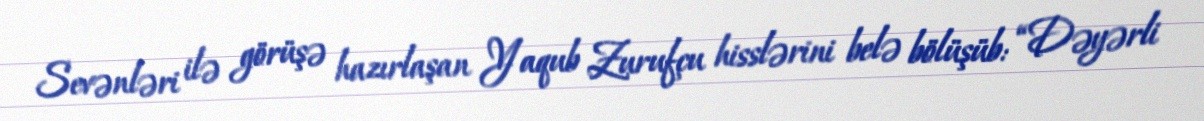
Sevənləri ilə görüşə hazırlaşan Yaqub Zurufçu hisslərini belə bölüşüb: “Dəyərli